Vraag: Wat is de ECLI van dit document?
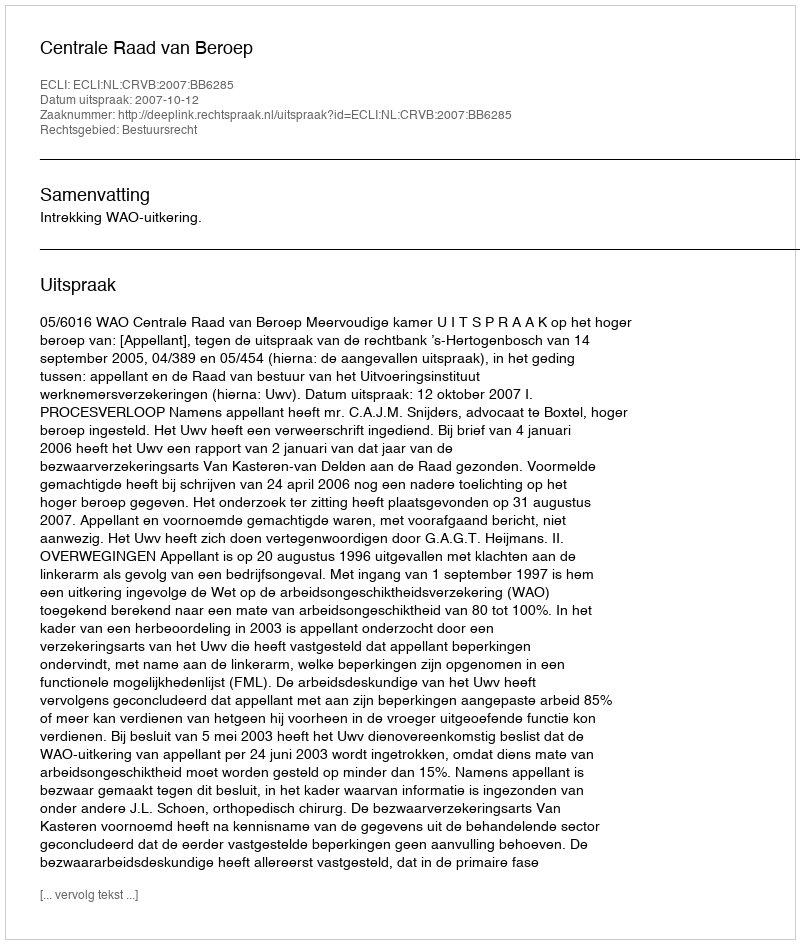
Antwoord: ECLI:NL:CRVB:2007:BB6285